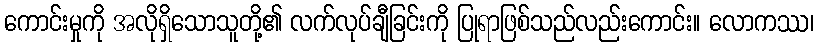
ကောင်းမှုကို အလိုရှိသောသူတို့၏ လက်လုပ်ချီခြင်းကို ပြုရာဖြစ်သည်လည်းကောင်း။ လောကဿ၊